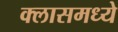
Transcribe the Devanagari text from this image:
क्लासमध्ये